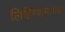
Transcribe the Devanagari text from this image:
लिहिण्यामागचा